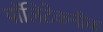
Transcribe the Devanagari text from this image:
पॉलिटेकनीक